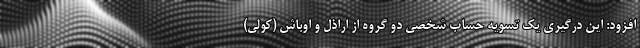
افزود: این درگیری یک تسویه حساب شخصی دو گروه از اراذل و اوباش (کولی)